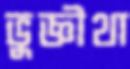
ভুজ্ঞীথা